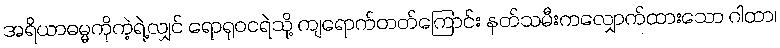
အရိယာဓမ္မကိုကဲ့ရဲ့လျှင် ရောရုဝငရဲသို့ ကျရောက်တတ်ကြောင်း နတ်သမီးကလျှောက်ထားသော ဂါထာ၊